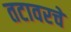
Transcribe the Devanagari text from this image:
तटावरचे